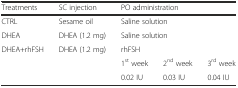
<table><thead><tr><td><b>Treatments</b></td><td><b>SC injection</b></td><td colspan="3"><b>PO administration</b></td></tr></thead><tbody><tr><td>CTRL</td><td>Sesame oil</td><td colspan="3">Saline solution</td></tr><tr><td>DHEA</td><td>DHEA (1.2 mg)</td><td colspan="3">Saline solution</td></tr><tr><td rowspan="3">DHEA+rhFSH</td><td rowspan="3">DHEA (1.2 mg)</td><td colspan="3">rhFSH</td></tr><tr><td>1<sup>st</sup> week</td><td>2<sup>nd</sup> week</td><td>3<sup>rd</sup> week</td></tr><tr><td>0.02 IU</td><td>0.03 IU</td><td>0.04 IU</td></tr></tbody></table>